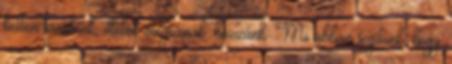
ketten tanulnak, illetve dolgoznak. hozzánk. Mi abban segítünk, hogy